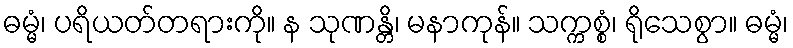
ဓမ္မံ၊ ပရိယတ်တရားကို။ န သုဏန္တိ၊ မနာကုန်။ သက္ကစ္စံ၊ ရိုသေစွာ။ ဓမ္မံ၊